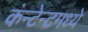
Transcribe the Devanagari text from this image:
कंन्टेन्टमध्ये